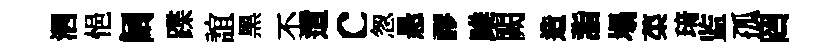
泗悒阔蹀誼黑丕𨗁c怱悬謬雎闕造詣塌菜𤦺监孤罔